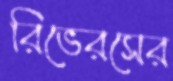
রিভেরসের